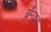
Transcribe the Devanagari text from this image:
ब्रँन्डन